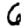
Digit: 6